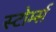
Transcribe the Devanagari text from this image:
स्टोर्म्स